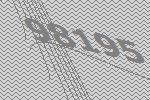
98195